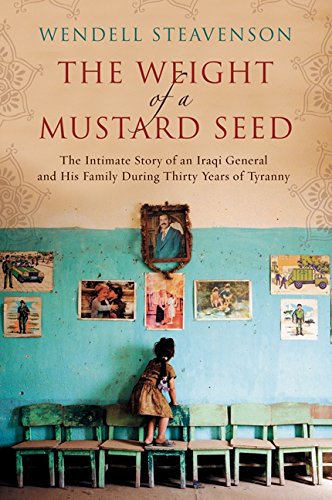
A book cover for The Weight of a Mustard Seed: The Intimate Story of an Iraqi General and His Family During Thirty Years of Tyranny; Wendell Steavenson; History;